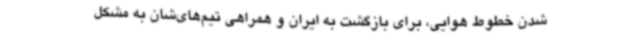
شدن خطوط هوایی، برای بازگشت به ایران و همراهی تیم‌های‌شان به مشکل